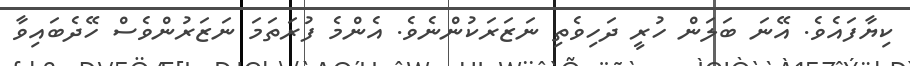
ކިޔާފައެވެ. އޭނަ ބަލަން ހުރީ ދަހިވެތި ނަޒަރަކުންނެވެ. އެންމެ ފުރަތަމަ ނަޒަރުންވެސް ހޭދެބައިވާ